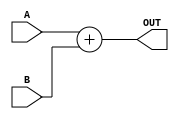
/******************************************************************************
*** 																        ***
*** ECE 526 L Experiment #6B            Jose Luis Martinez, Spring, 2021    ***
***                                                                         ***
*** Experiment 6B - Sum of Products                                         ***
***                                                                         ***
*******************************************************************************
***                                                                         ***
******************************************************************************/

`timescale 1ns/100ps

module sca_add(OUT, A, B);
	parameter SIZE = 8;
	input [SIZE-1:0] A;
	input [SIZE-1:0] B;
	output [SIZE:0] OUT;

	assign OUT = A + B;
endmodule